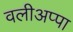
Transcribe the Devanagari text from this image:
वलीअप्पा